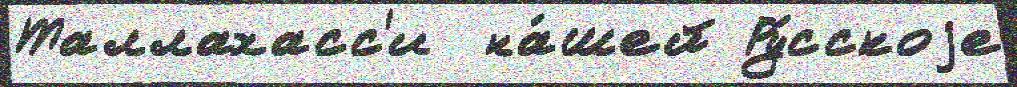
Таллахасс'и  на́шей Ру́сскоjе